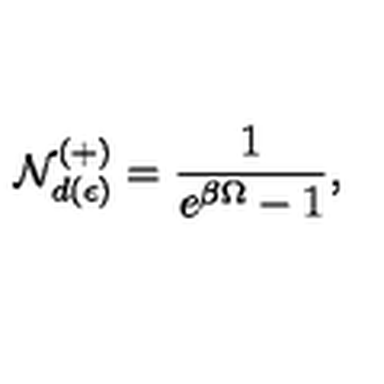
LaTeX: { \cal N } _ { d ( \epsilon ) } ^ { ( + ) } = \frac { 1 } { e ^ { \beta \Omega } - 1 } ,